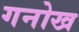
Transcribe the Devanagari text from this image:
गनोख